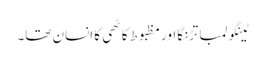
ٹینگولمبا تڑنگااور مظبوط کاٹھی کا انسان تھا۔